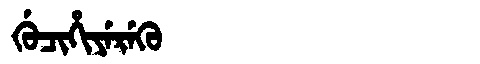
Manchu: ᡤᡠᠴᡳᡥᡳᠶᡝᡵᡝᡴᡠ
Romanization: GUCIHIYEREKU